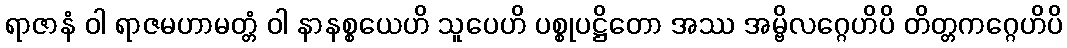
ရာဇာနံ ဝါ ရာဇမဟာမတ္တံ ဝါ နာနစ္စယေဟိ သူပေဟိ ပစ္စုပဋ္ဌိတော အဿ အမ္ဗိလဂ္ဂေဟိပိ တိတ္တကဂ္ဂေဟိပိ